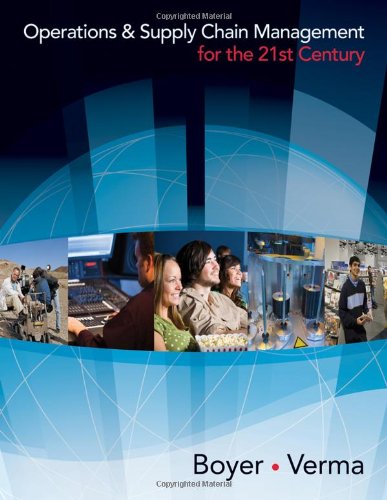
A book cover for Operations and Supply Chain Management for the 21st Century (with Printed Access Card) (Available Titles CengageNOW); Ken Boyer; Business & Money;